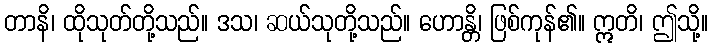
တာနိ၊ ထိုသုတ်တို့သည်။ ဒသ၊ ဆယ်သုတို့သည်။ ဟောန္တိ၊ ဖြစ်ကုန်၏။ ဣတိ၊ ဤသို့။